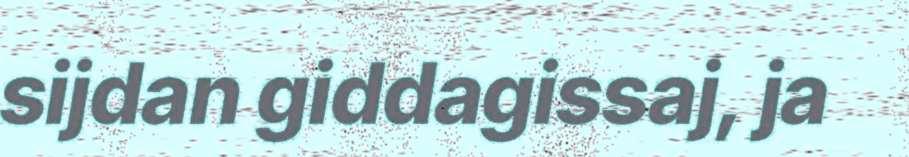
sijdan giddagissaj, ja